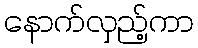
နောက်လှည့်ကာ